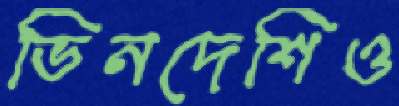
ভিনদেশিও